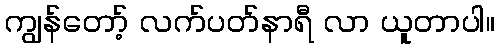
ကျွန်တော့် လက်ပတ်နာရီ လာ ယူတာပါ။